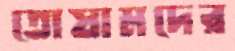
তোষামদের